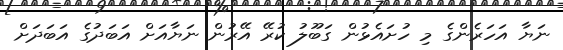
ނަޔާ އަހަރެންގެ މި ހުށައެޅުން ގަބޫލު ކުރޭ އޭރުން ނަޔާއަށް އަބަދުގެ އަބަދަށް